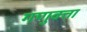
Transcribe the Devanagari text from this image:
गणुवत्ता